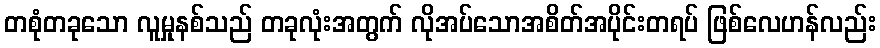
တစုံတခုသော လူမှုနစ်သည် တခုလုံးအတွက် လိုအပ်သောအစိတ်အပိုင်းတရပ် ဖြစ်လေဟန်လည်း